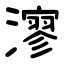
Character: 㵳